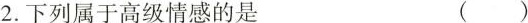
2.下列属于高级情感的是 ( )